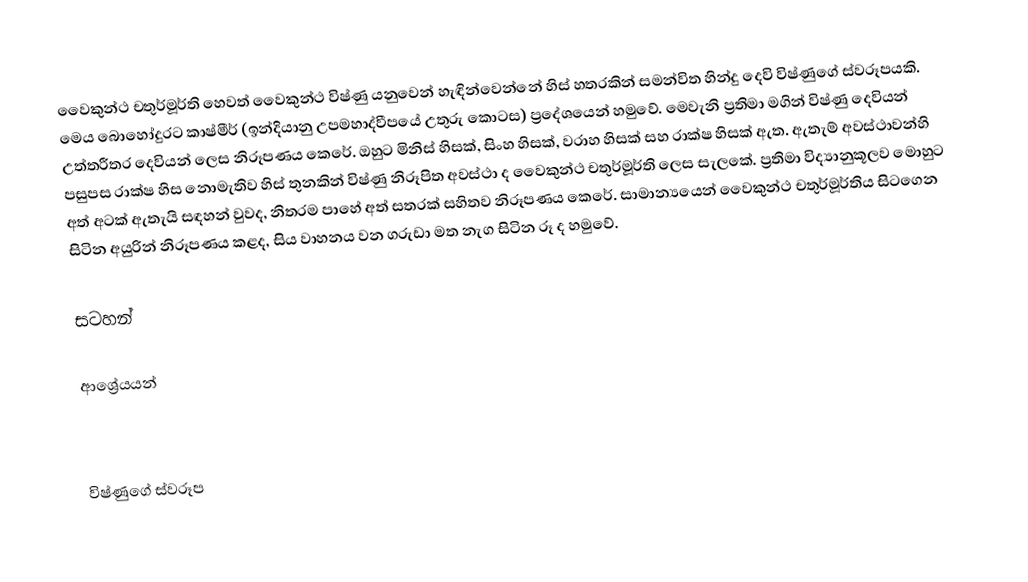
වෛකුන්ථ චතුර්මූර්ති හෙවත් වෛකුන්ථ විෂ්ණු යනුවෙන් හැඳින්වෙන්නේ හිස් හතරකින් සමන්විත හින්දු දෙවි විෂ්ණුගේ ස්වරූපයකි. මෙය බොහෝදුරට කාෂ්මීර් (ඉන්දියානු උපමහාද්වීපයේ උතුරු කොටස) ප්‍රදේශයෙන් හමුවේ. මෙවැනි ප්‍රතිමා මගින් විෂ්ණු දෙවියන් උත්තරීතර දෙවියන් ලෙස නිරූපණය කෙරේ. ඔහුට මිනිස් හිසක්, සිංහ හිසක්, වරාහ හිසක් සහ රාක්ෂ හිසක් ඇත. ඇතැම් අවස්ථාවන්හි පසුපස රාක්ෂ හිස නොමැතිව හිස් තුනකින් විෂ්ණු නිරූපිත අවස්ථා ද වෛකුන්ථ චතුර්මූර්ති ලෙස සැලකේ. ප්‍රතිමා විද්‍යානුකූලව මොහුට අත් අටක් ඇතැයි සඳහන් වුවද, නිතරම පාහේ අත් සතරක් සහිතව නිරූපණය කෙරේ. සාමාන්‍යයෙන් වෛකුන්ථ චතුර්මූර්තිය සිටගෙන සිටින අයුරින් නිරූපණය කළද, සිය වාහනය වන ගරුඩා මත නැග සිටින රූ ද හමුවේ.

සටහන්

ආශ්‍රේයයන්

විෂ්ණුගේ ස්වරූප